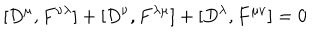
\lbrack D ^ { \mu } , F ^ { \nu \lambda } ] + [ D ^ { \nu } , F ^ { \lambda \mu } ] + [ D ^ { \lambda } , F ^ { \mu \nu } ] = 0